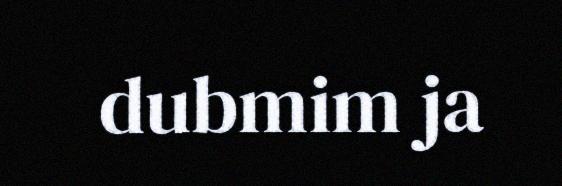
dubmim ja